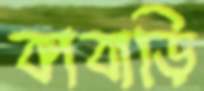
কাবাড়ি